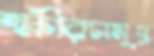
ক্ষীরসমুদ্র